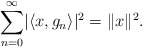
\begin{align*}\sum_{n=0}^{\infty}\lvert\langle x,g_n\rangle\rvert^2=\lVert x\rVert^2.\end{align*}